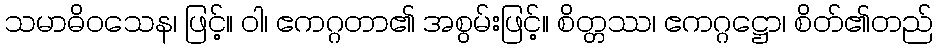
သမာဓိဝသေန၊ ဖြင့်။ ဝါ၊ ဧကဂ္ဂတာ၏ အစွမ်းဖြင့်။ စိတ္တဿ၊ ဧကဂ္ဂဋ္ဌော၊ စိတ်၏တည်